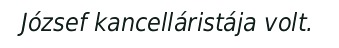
József kancelláristája volt.